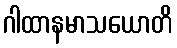
ဂါထာနမာသယောတိ